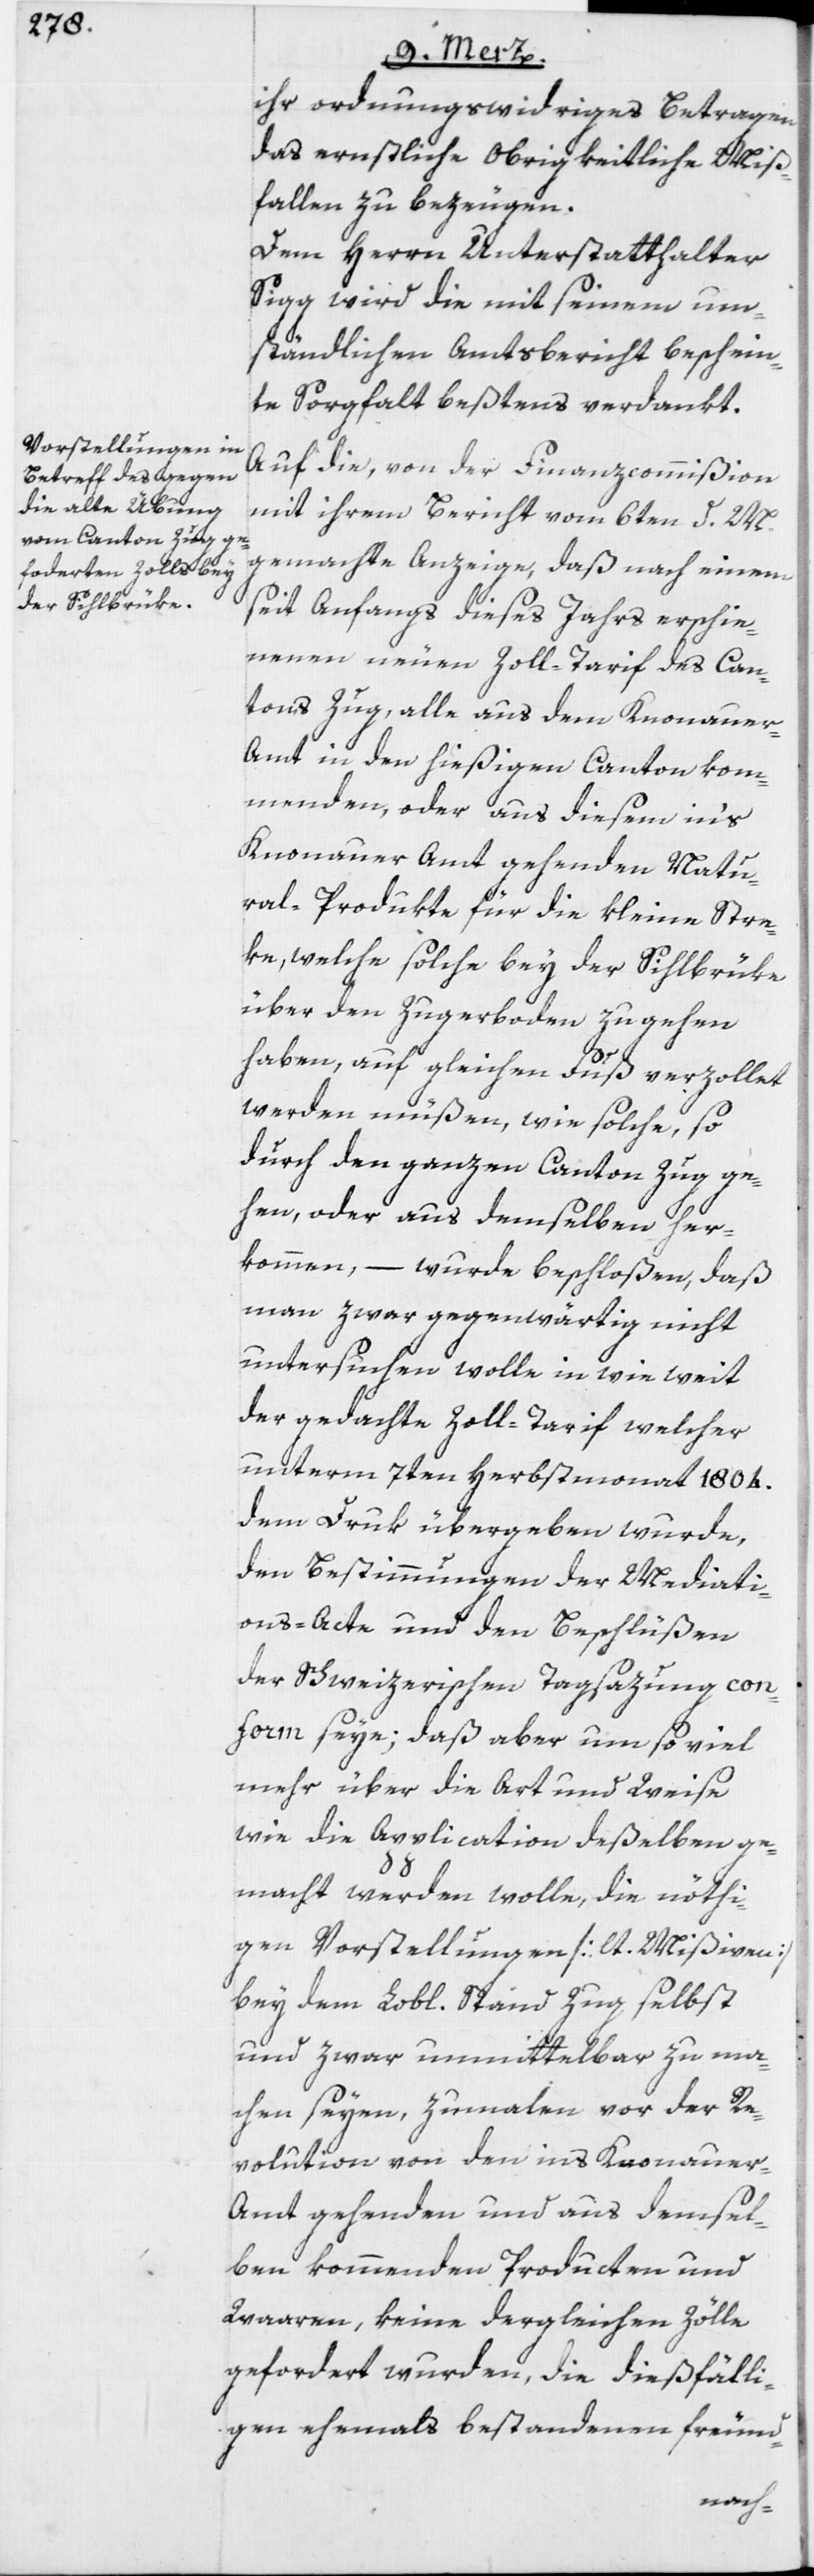
ihr ordnungswidriges Betragen
das ernstliche Obrigkeitliche Miß¬
fallen zu bezeugen.
Dem Herrn Unterstatthalter
Sigg wird die mit seinem um¬
ständlichen Amtsbericht beschein¬
te Sorgfalt beßtens verdankt.
Auf die, von der Finanzcommißion
mit ihrem Bericht vom 6ten d. M.
gemachte Anzeige, daß nach einem
seit Anfangs dieses Jahrs erschie¬
nenen neuen Zoll-Tarif des Can¬
tons Zug, alle aus dem Knonauer-A¬
mt in den hießigen Canton kom¬
menden, oder aus diesem in‘s
Knonauer Amt gehenden Natu¬
ral-Produkte für die kleine Stre¬
ke, welche solche bey der Sihlbrüke
über den Zugerboden zu gehen
haben, auf gleichen Fuß verzollet
werden müßen, wie solche, so
durch den ganzen Canton Zug ge¬
hen, oder aus demselben her¬
kommen, – wurde beschloßen, daß
man zwar gegenwärtig nicht
untersuchen wolle in wie weit
der gedachte Zoll-Tarif welcher
unterm 7ten Herbstmonat 1804.
dem Druk übergeben wurde,
den Bestimmungen der Mediati¬
ons-Acte und den Beschlüßen
der Schweizerischen Tagsazung con¬
form seye; daß aber um so viel
mehr über die Art und Weise
wie die Application deßelben ge¬
macht werden wolle, die nöthi¬
gen Vorstellungen [lt. Mißiven]
bey dem Lobl. Stand Zug selbst
und zwar unmittelbar zu ma¬
chen seyen, zumalen vor der Re¬
volution von den ins Knonauer-A¬
mt gehenden und aus demsel¬
ben kommenden Producten und
Waaren, keine dergleichen Zölle
gefordert wurden, die dießfälli¬
gen ehemahls bestandenen freund-